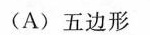
(A)五边形